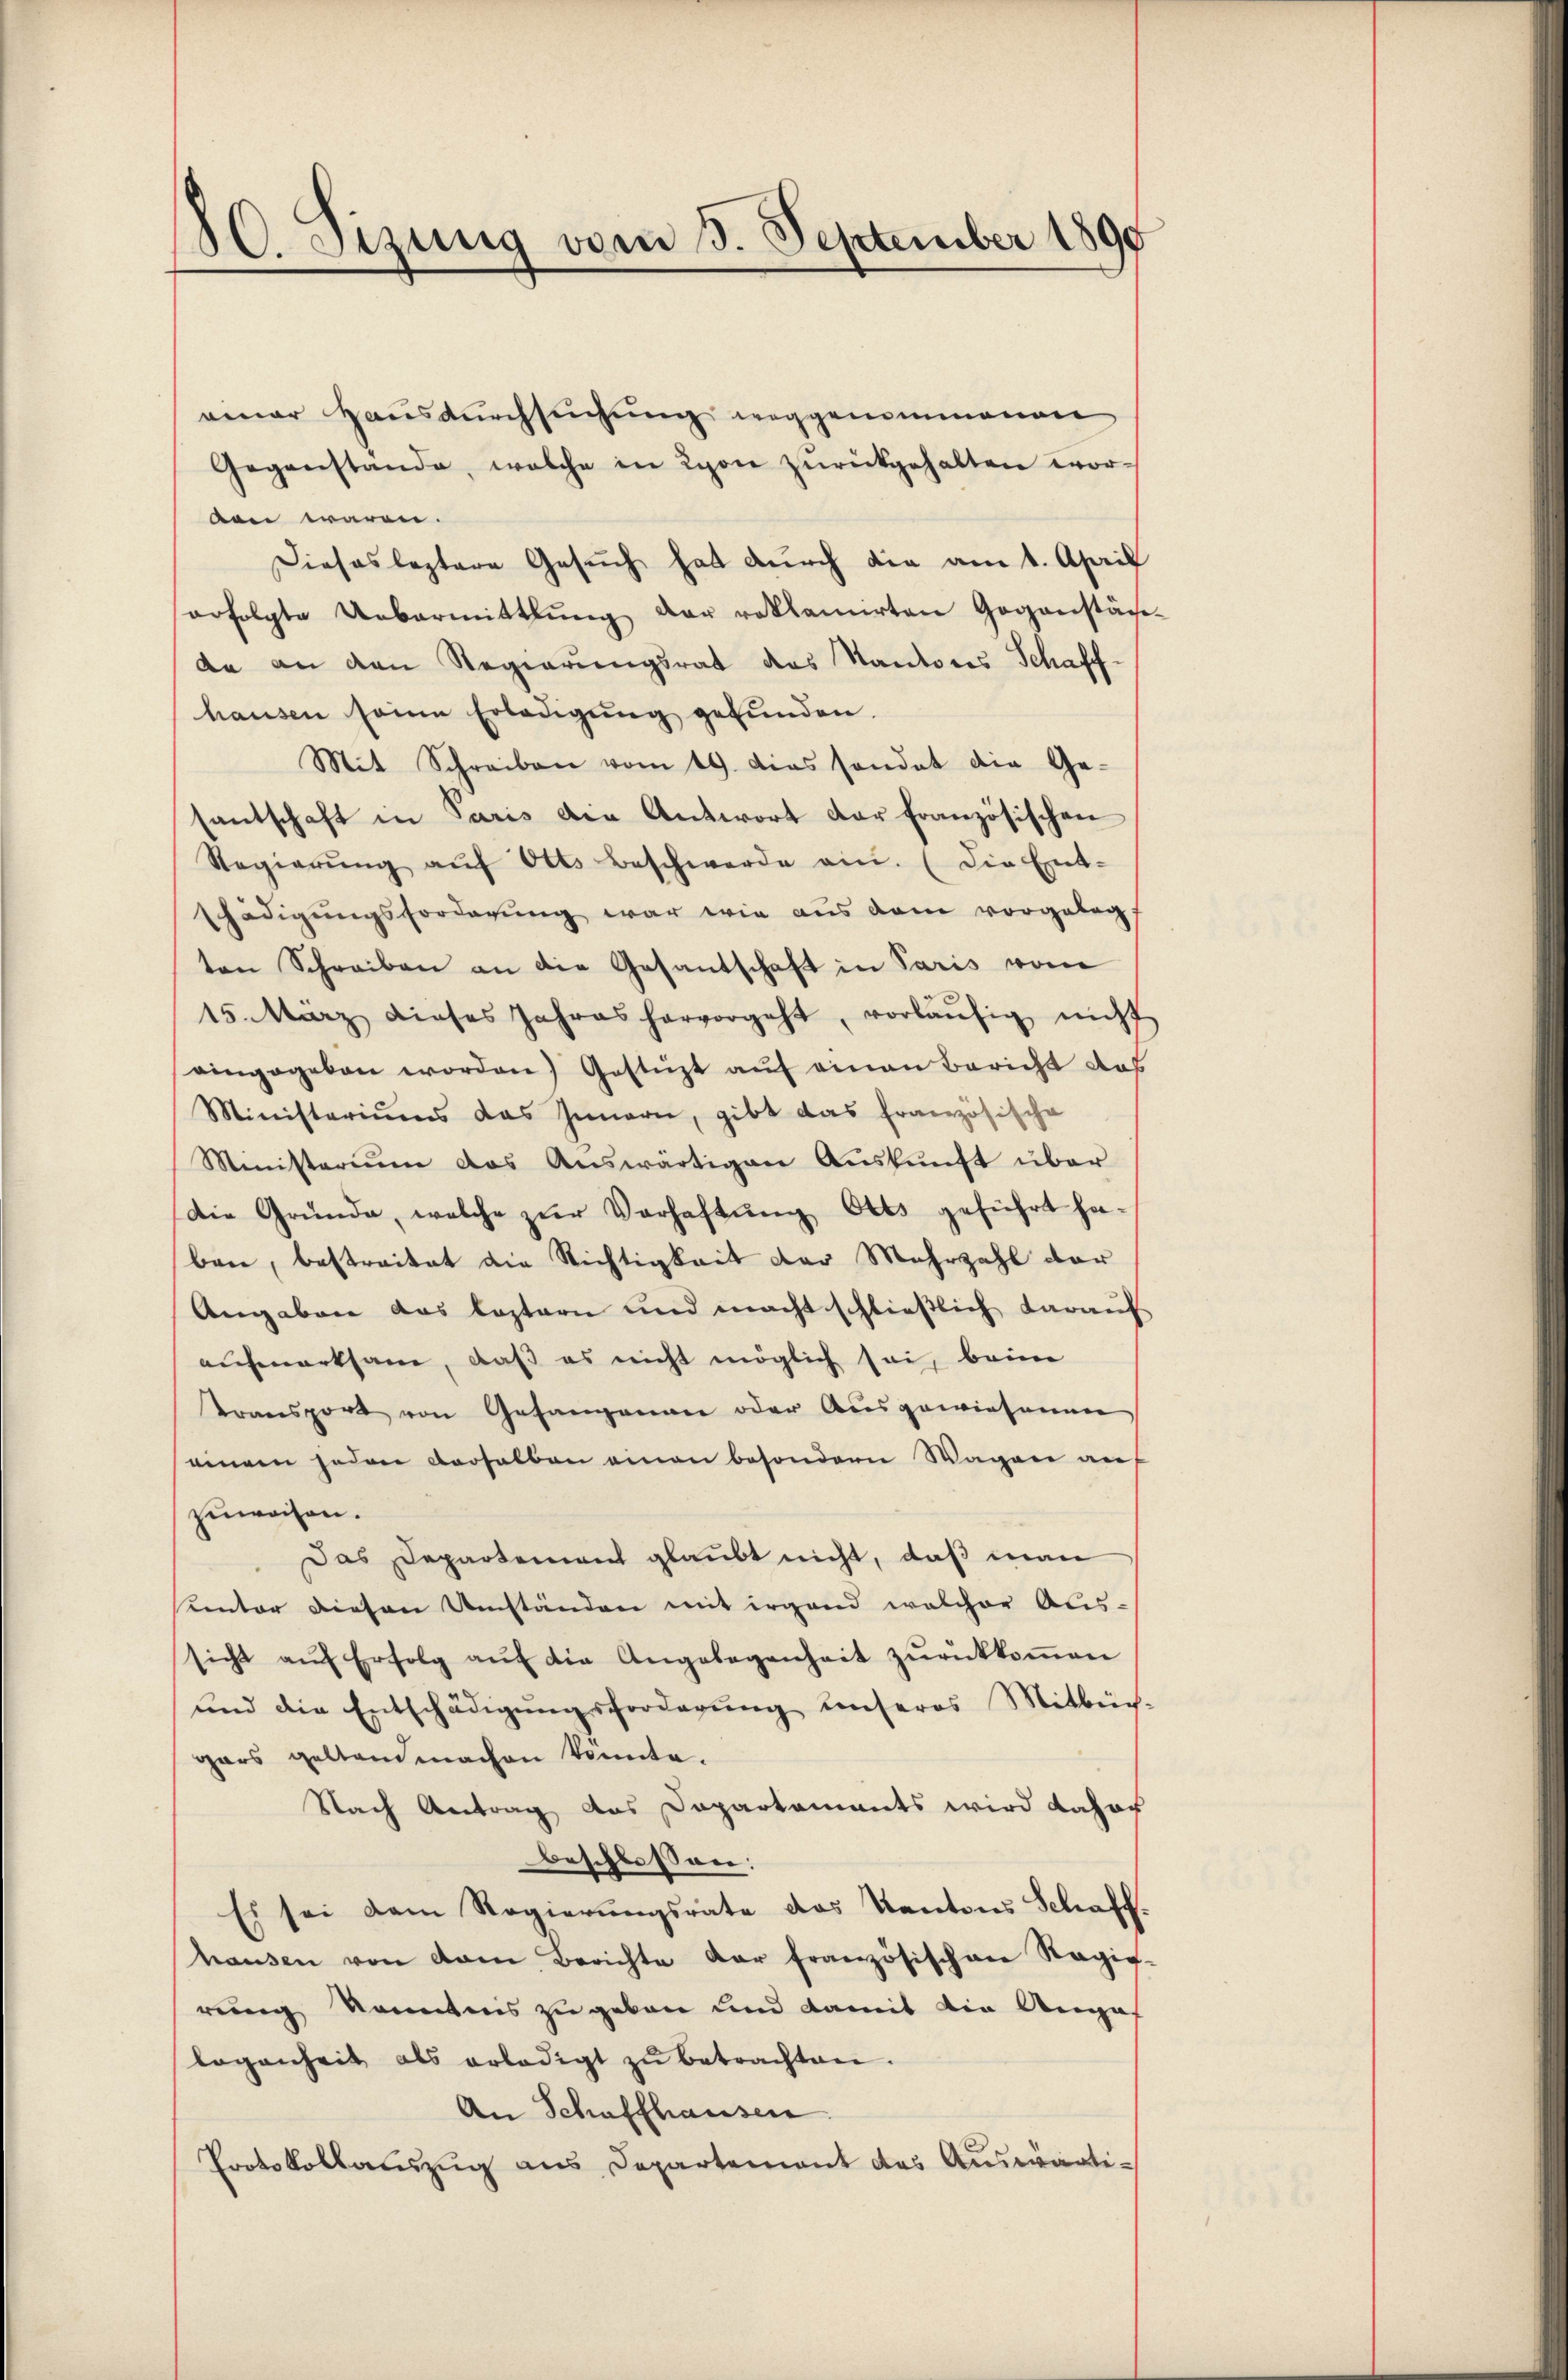
100. Setzung vom 3. September 1890

einer Hausdurchsuchung weggenommenen
Gegenstande, welche in Lyon zŭrückgehalten wor-
den wären.
Dieses leztere Gesuch hat durch die am 1. April
erfolgte Uebermittlung der reklamirten Gegenstäch-
da an den Regierungsrat des Kantons Schaff-
hausen seine Erledigŭng gefŭnden.
Mit Schreiben vom 19. das sondet die Ge-
santschaft in Paris die Antwort der französischen
Regierŭng aŭf Otts Beschwerde an. (Die Ent-
schädigungsforderung war wie aus dem vorgelegt
ten Schreiben an die Gesantschaft in Paris vom
15. März dieses Jahres hervorgeht, vorläŭfig nicht
eingegeben worden) Gestüzt auf einen Bericht das
Ministeriums das Innern, gibt das französische
Ministerium das Auswärtigen Aŭskŭnft über
Die Gründe, welche zŭr Verhaftŭng Otts geführt ha-
ben, bestreitet die Richtigkeit der Mehrzahl der
Angaben das leztern und macht schließlich darauf
aufmerksam, daß es nicht möglich sei, beim
transport von Gesangenen oder Ausgewiesenen
einem jeden versalben einen besondern Wagen auf
zuweisen.
Das Departement glaubt nicht, daß man
uinter diesen Umständen mit irgend welcher Aus-
sicht aŭf Erfolg aŭf die Angelegenheit zŭrückkoṁen
und die Entschädigŭngsforderŭng Conseres Mitbüch-
gars geltendmachen könnte.
Nach Antrag das Departements wird daher
beschlossen:
Es sei dem Regierŭngsrate das Kantons Schaff-
hausen von vom Berichte der französischen Ragig-
rung kanntnis zu geben und damit die Anga
logenheit als erledigt zu betrachten.
An Schaffhausen
Protokollauszug aus Departement des Auswärti¬